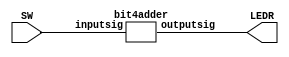
module lab3part2(LEDR, SW);
	input [8:0] SW;
	output [9:0] LEDR;
	
	bit4adder b1(
		.outputsig(LEDR),
		.inputsig(SW)
		);
		
endmodule

module bit4adder(outputsig, inputsig);

	input [8:0] inputsig;
	output [9:0] outputsig;
	
	wire cbit0;
	wire cbit1;
	wire cbit2;
	
	carryadder adder1(
		.cout(cbit0),
		.out(outputsig[0]),
		.c(inputsig[8]),
		.a(inputsig[4]),
		.b(inputsig[0])
		);

	carryadder adder2(
		.cout(cbit1),
		.out(outputsig[1]),
		.c(cbit0),
		.a(inputsig[5]),
		.b(inputsig[1])
		);
		
	carryadder adder3(
		.cout(cbit2),
		.out(outputsig[2]),
		.c(cbit1),
		.a(inputsig[6]),
		.b(inputsig[2])
		);
		
	carryadder adder4(
		.cout(outputsig[9]),
		.out(outputsig[3]),
		.c(cbit2),
		.a(inputsig[7]),
		.b(inputsig[3])
		);
		
endmodule

module carryadder(cout, out, c, a, b);
	input c;
	input b;
	input a;
	
	output cout;
	output out;
	
	assign cout = (b & a) | (a & c) | (b & c);
	assign out = (a & ~b & ~c) |
					 (~a & b & ~c)  |
					 (~a & ~b & c)  |
					 (a & b & c);
endmodule